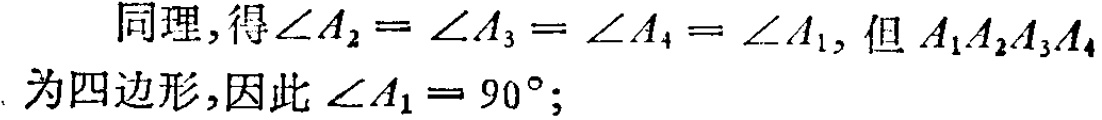
同理,得\(\angle A_{2}=\angle A_{3}=\angle A_{4}=\angle A_{1}\), 但 \(A_{1}A_{2}A_{3}A_{4}\)为四边形,因此 \(\angle A_{1}=90^{\circ}\);